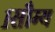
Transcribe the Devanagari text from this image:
१सौम्य